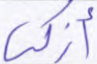
أزكى